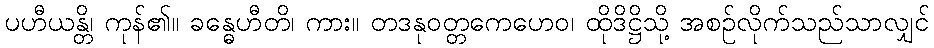
ပဟီယန္တိ၊ ကုန်၏။ ခန္ဓေဟီတိ၊ ကား။ တဒနုဝတ္တကေဟေဝ၊ ထိုဒိဋ္ဌိသို့ အစဉ်လိုက်သည်သာလျှင်